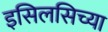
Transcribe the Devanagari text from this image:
इसिलसिच्या